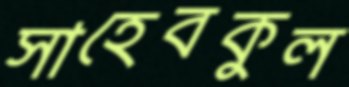
সাহেবকুল